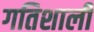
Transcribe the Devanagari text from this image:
गतिशाली